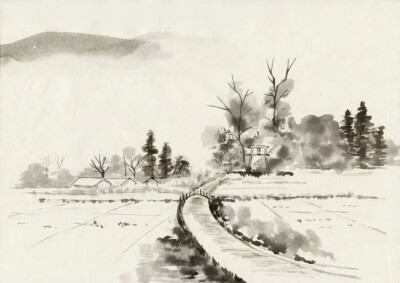
便向夕阳影里，倚马挥毫。